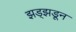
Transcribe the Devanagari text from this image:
झड्झडून